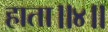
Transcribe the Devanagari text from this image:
हाता॥४॥